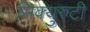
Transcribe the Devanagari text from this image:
सिक्युरुटी